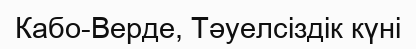
Кабо-Верде, Тәуелсіздік күні